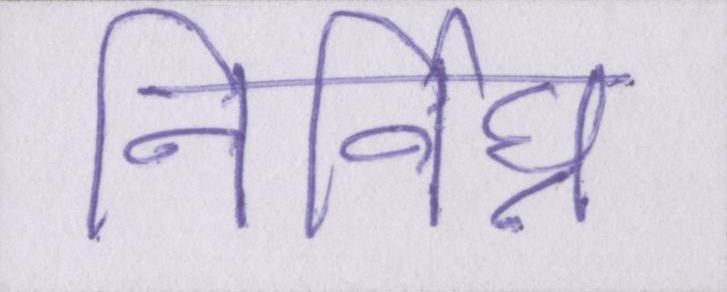
निर्विघ्न